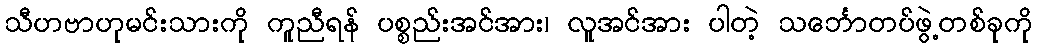
သီဟဗာဟုမင်းသားကို ကူညီရန် ပစ္စည်းအင်အား၊ လူအင်အား ပါတဲ့ သင်္ဘောတပ်ဖွဲ့တစ်ခုကို